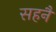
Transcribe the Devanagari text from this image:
सहनै